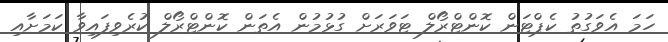
ހަމަ އެވަގުތު ކެޕްޓަން ކޮންޓްރޯލް ޓަވަރަށް ގުޅުމުން އެތަން ކޮންޓްރޯލް ކުރެވިފައިވާ ކަމަށާއި